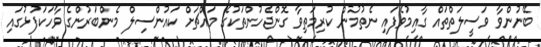
ބޭނުންވާ ވަސީލަތްތައް ގާއިމުވެފައި ނެތުމުން ކުރިމަތިވާ ގޮންޖެހުންތަކުގެ މައްޗަށް ކައުންސިލް މެންބަރުންގެ ވާހަކަފުޅުގައި